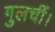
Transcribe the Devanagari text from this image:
गुलचीं।